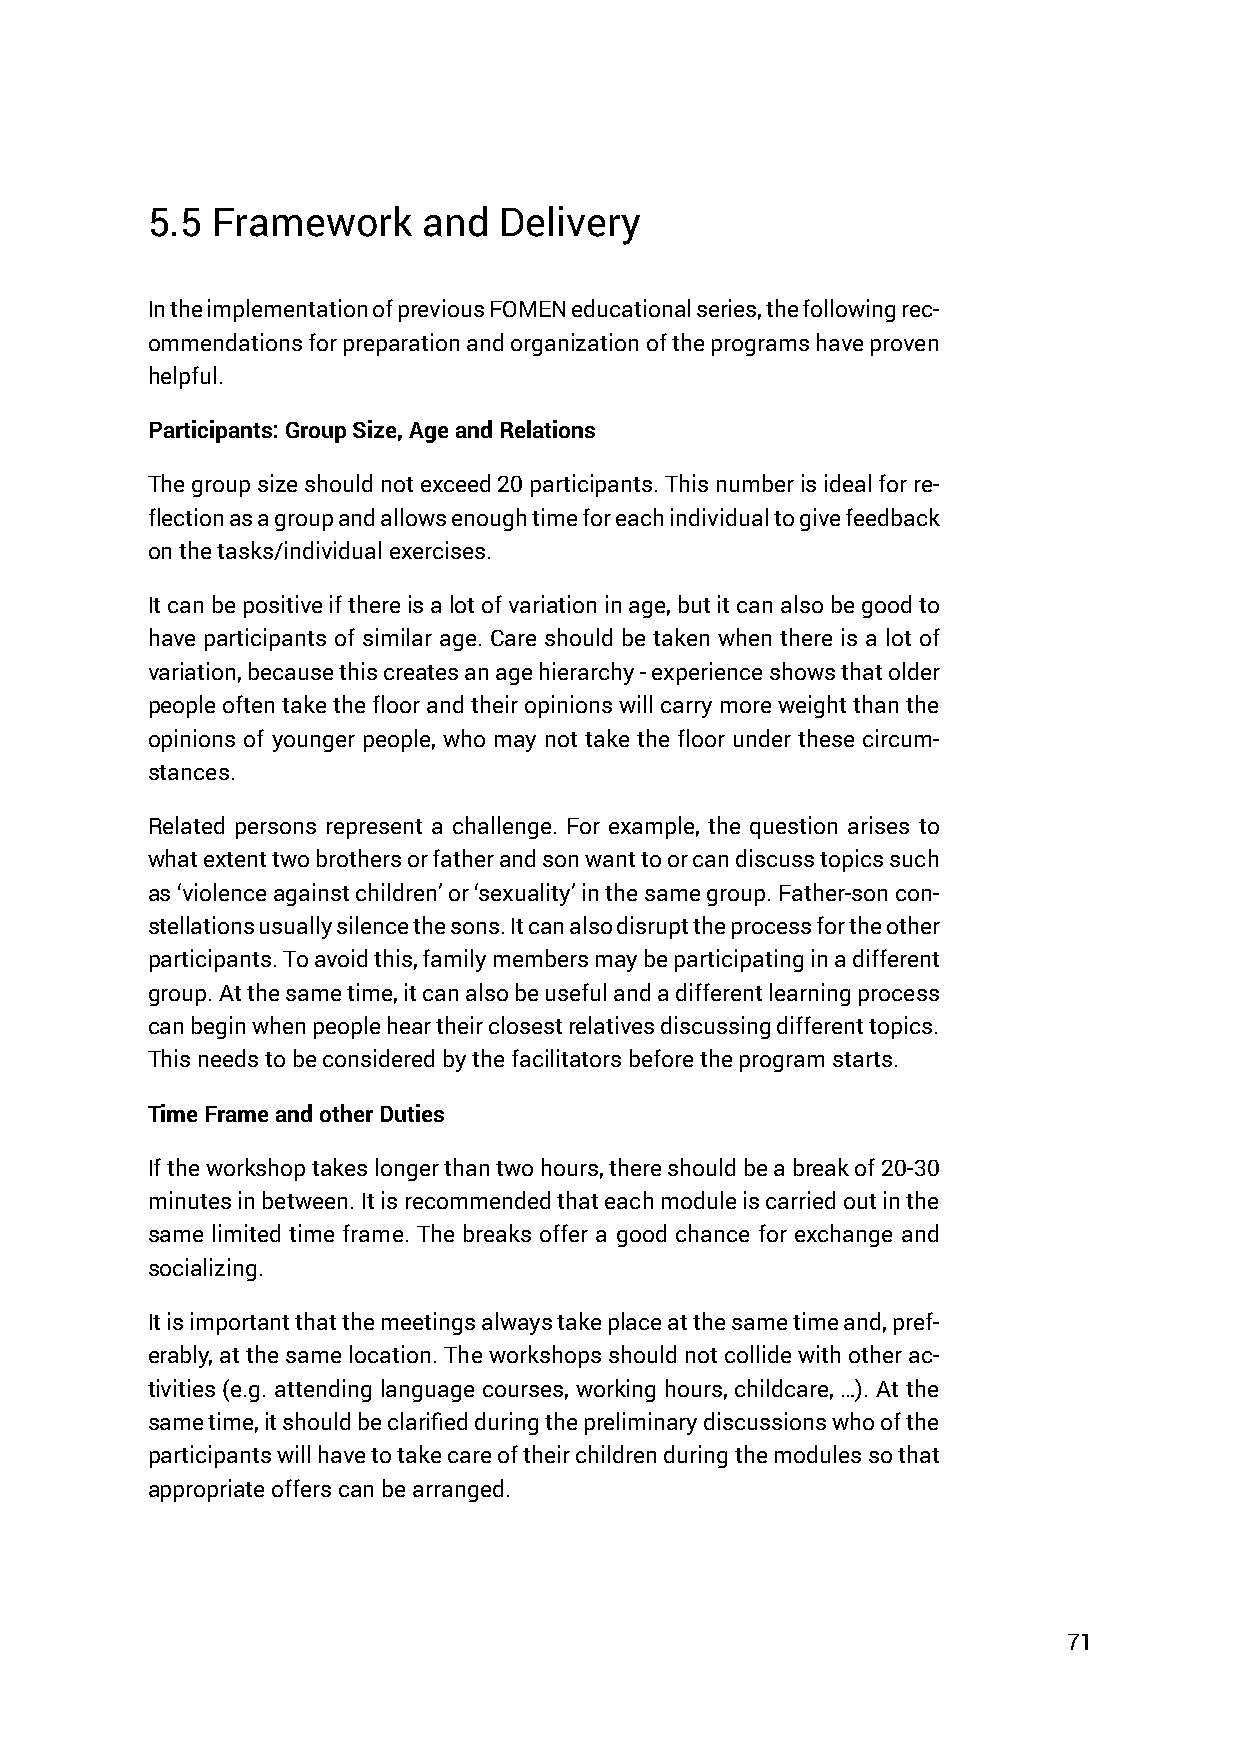
5.5 Framework     and  Delivery
 In the implementation of previous FOMEN educational series, the following rec-
 ommendations for preparation and organization of the programs have proven
 helpful.
 Participants: Group Size, Age and Relations
 The group size should not exceed 20 participants. This number is ideal for re-
 flection as a group and allows enough time for each individual to give feedback
 on the tasks/individual exercises.
 It can be positive if there is a lot of variation in age, but it can also be good to
 have participants of similar age. Care should be taken when there is a lot of
 variation, because this creates an age hierarchy - experience shows that older
 people often take the floor and their opinions will carry more weight than the
 opinions of younger people, who may not take the floor under these circum-
 stances.
 Related persons represent a challenge. For example, the question arises to
 what extent two brothers or father and son want to or can discuss topics such
 as ‘violence against children’ or ‘sexuality’ in the same group. Father-son con-
 stellations usually silence the sons. It can also disrupt the process for the other
 participants. To avoid this, family members may be participating in a different
 group. At the same time, it can also be useful and a different learning process
 can begin when people hear their closest relatives discussing different topics.
 This needs to be considered by the facilitators before the program starts.
 Time Frame and other Duties
 If the workshop takes longer than two hours, there should be a break of 20-30
 minutes in between. It is recommended that each module is carried out in the
 same limited time frame. The breaks offer a good chance for exchange and
 socializing.
 It is important that the meetings always take place at the same time and, pref-
 erably, at the same location. The workshops should not collide with other ac-
 tivities (e.g. attending language courses, working hours, childcare, …). At the
 same time, it should be clarified during the preliminary discussions who of the
 participants will have to take care of their children during the modules so that
 appropriate offers can be arranged.
 71